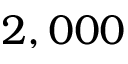
2 , 0 0 0